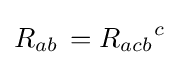
R_{ab}\,={R_{acb}}^{c}